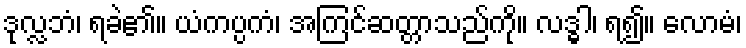
ဒုလ္လဘံ၊ ရခဲ၏။ ယံကပ္ပကံ၊ အကြင်ဆတ္တာသည်ကို။ လဒ္ဓါ၊ ရ၍။ လောမံ၊